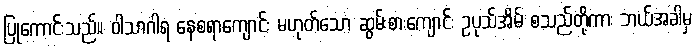
ပြုကောင်းသည်။ ဝါသာဂါရ နေစရာကျောင်း မဟုတ်သော ဆွမ်းစားကျောင်း ဥပုသ်အိမ် စသည်တို့ကား ဘယ်အခါမှ